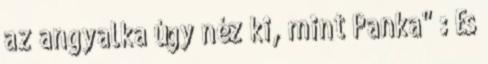
az angyalka úgy néz ki, mint Panka" : És